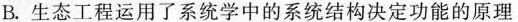
B. 生态工程运用了系统学中的系统结构决定功能的原理